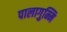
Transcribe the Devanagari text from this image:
पालागुम्मि